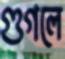
গুগলে